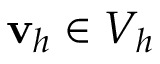
{ \mathbf v } _ { h } \in V _ { h }